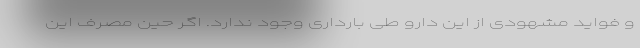
و فواید مشهودی از این دارو طی بارداری وجود ندارد. اگر حین مصرف این